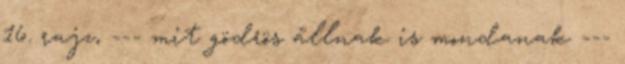
16. rajz, --- mit gödrös állnak is mondanak ---